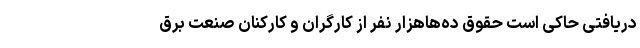
دریافتی حاکی است حقوق ده‌هاهزار نفر از کارگران و کارکنان صنعت برق